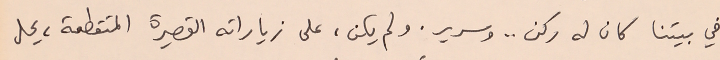
في بيتنا كان له ركن .. وسرير. ولم يكن، على زياراته القصيرة المتقطعة، يحل